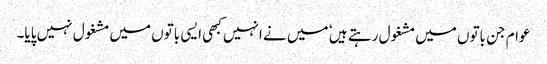
عوام جن باتوں میں مشغول رہتے ہیں ٗ میں نے انہیں کبھی ایسی باتوں میں مشغول نہیں پایا۔